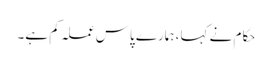
حکام نے کہا، ہمارے پاس عملہ کم ہے۔